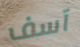
آسف